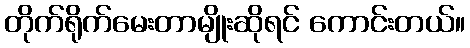
တိုက်ရိုက်မေးတာမျိုးဆိုရင် ကောင်းတယ်။